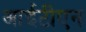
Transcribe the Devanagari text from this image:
आईटीएन